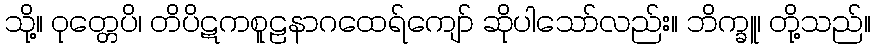
သို့။ ဝုတ္တေပိ၊ တိပိဋကစူဠနာဂထေရ်ကျော် ဆိုပါသော်လည်း။ ဘိက္ခူ၊ တို့သည်။